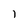
Character: l